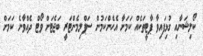
ކޯލިޝަނާއި ގުޅިފައިވާ ޕާޓީތަކެއް ކަމަށާ އެހެންކަމުން ސަޕްލިމެންޓަރީ ބަޖެޓަށް ވޯޓް ދެއްވާނެ ކަމަށް